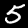
Digit: 5